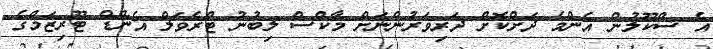
އެ ސްކޫލުން އެންމެ ދަށްކޮށް ދަރިވަރުންނަށް މާކްސް ލިބުނު ޓްރެވަލް އެންޑް ޓޫރިޒަމްގެ